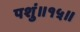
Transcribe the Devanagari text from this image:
पशुं॥१५॥